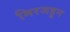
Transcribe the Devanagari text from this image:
मिरजहून